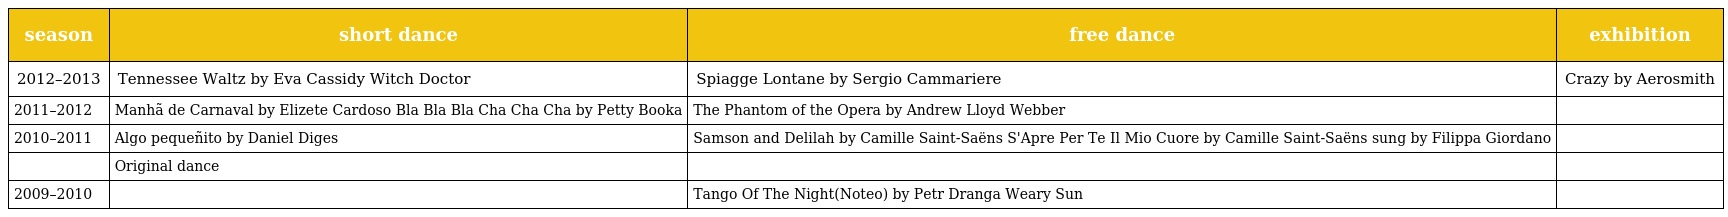
| season | short dance | free dance | exhibition |
 | --- | --- | --- | --- |
 | 2012–2013 | Tennessee Waltz by Eva Cassidy Witch Doctor | Spiagge Lontane by Sergio Cammariere | Crazy by Aerosmith |
 | 2011–2012 | Manhã de Carnaval by Elizete Cardoso Bla Bla Bla Cha Cha Cha by Petty Booka | The Phantom of the Opera by Andrew Lloyd Webber |  |
 | 2010–2011 | Algo pequeñito by Daniel Diges | Samson and Delilah by Camille Saint-Saëns S'Apre Per Te Il Mio Cuore by Camille Saint-Saëns sung by Filippa Giordano |  |
 |  | Original dance |  |  |
 | 2009–2010 |  | Tango Of The Night(Noteo) by Petr Dranga Weary Sun |  |